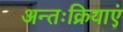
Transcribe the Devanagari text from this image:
अन्तःक्रियाएं